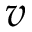
v